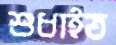
শুধাইত